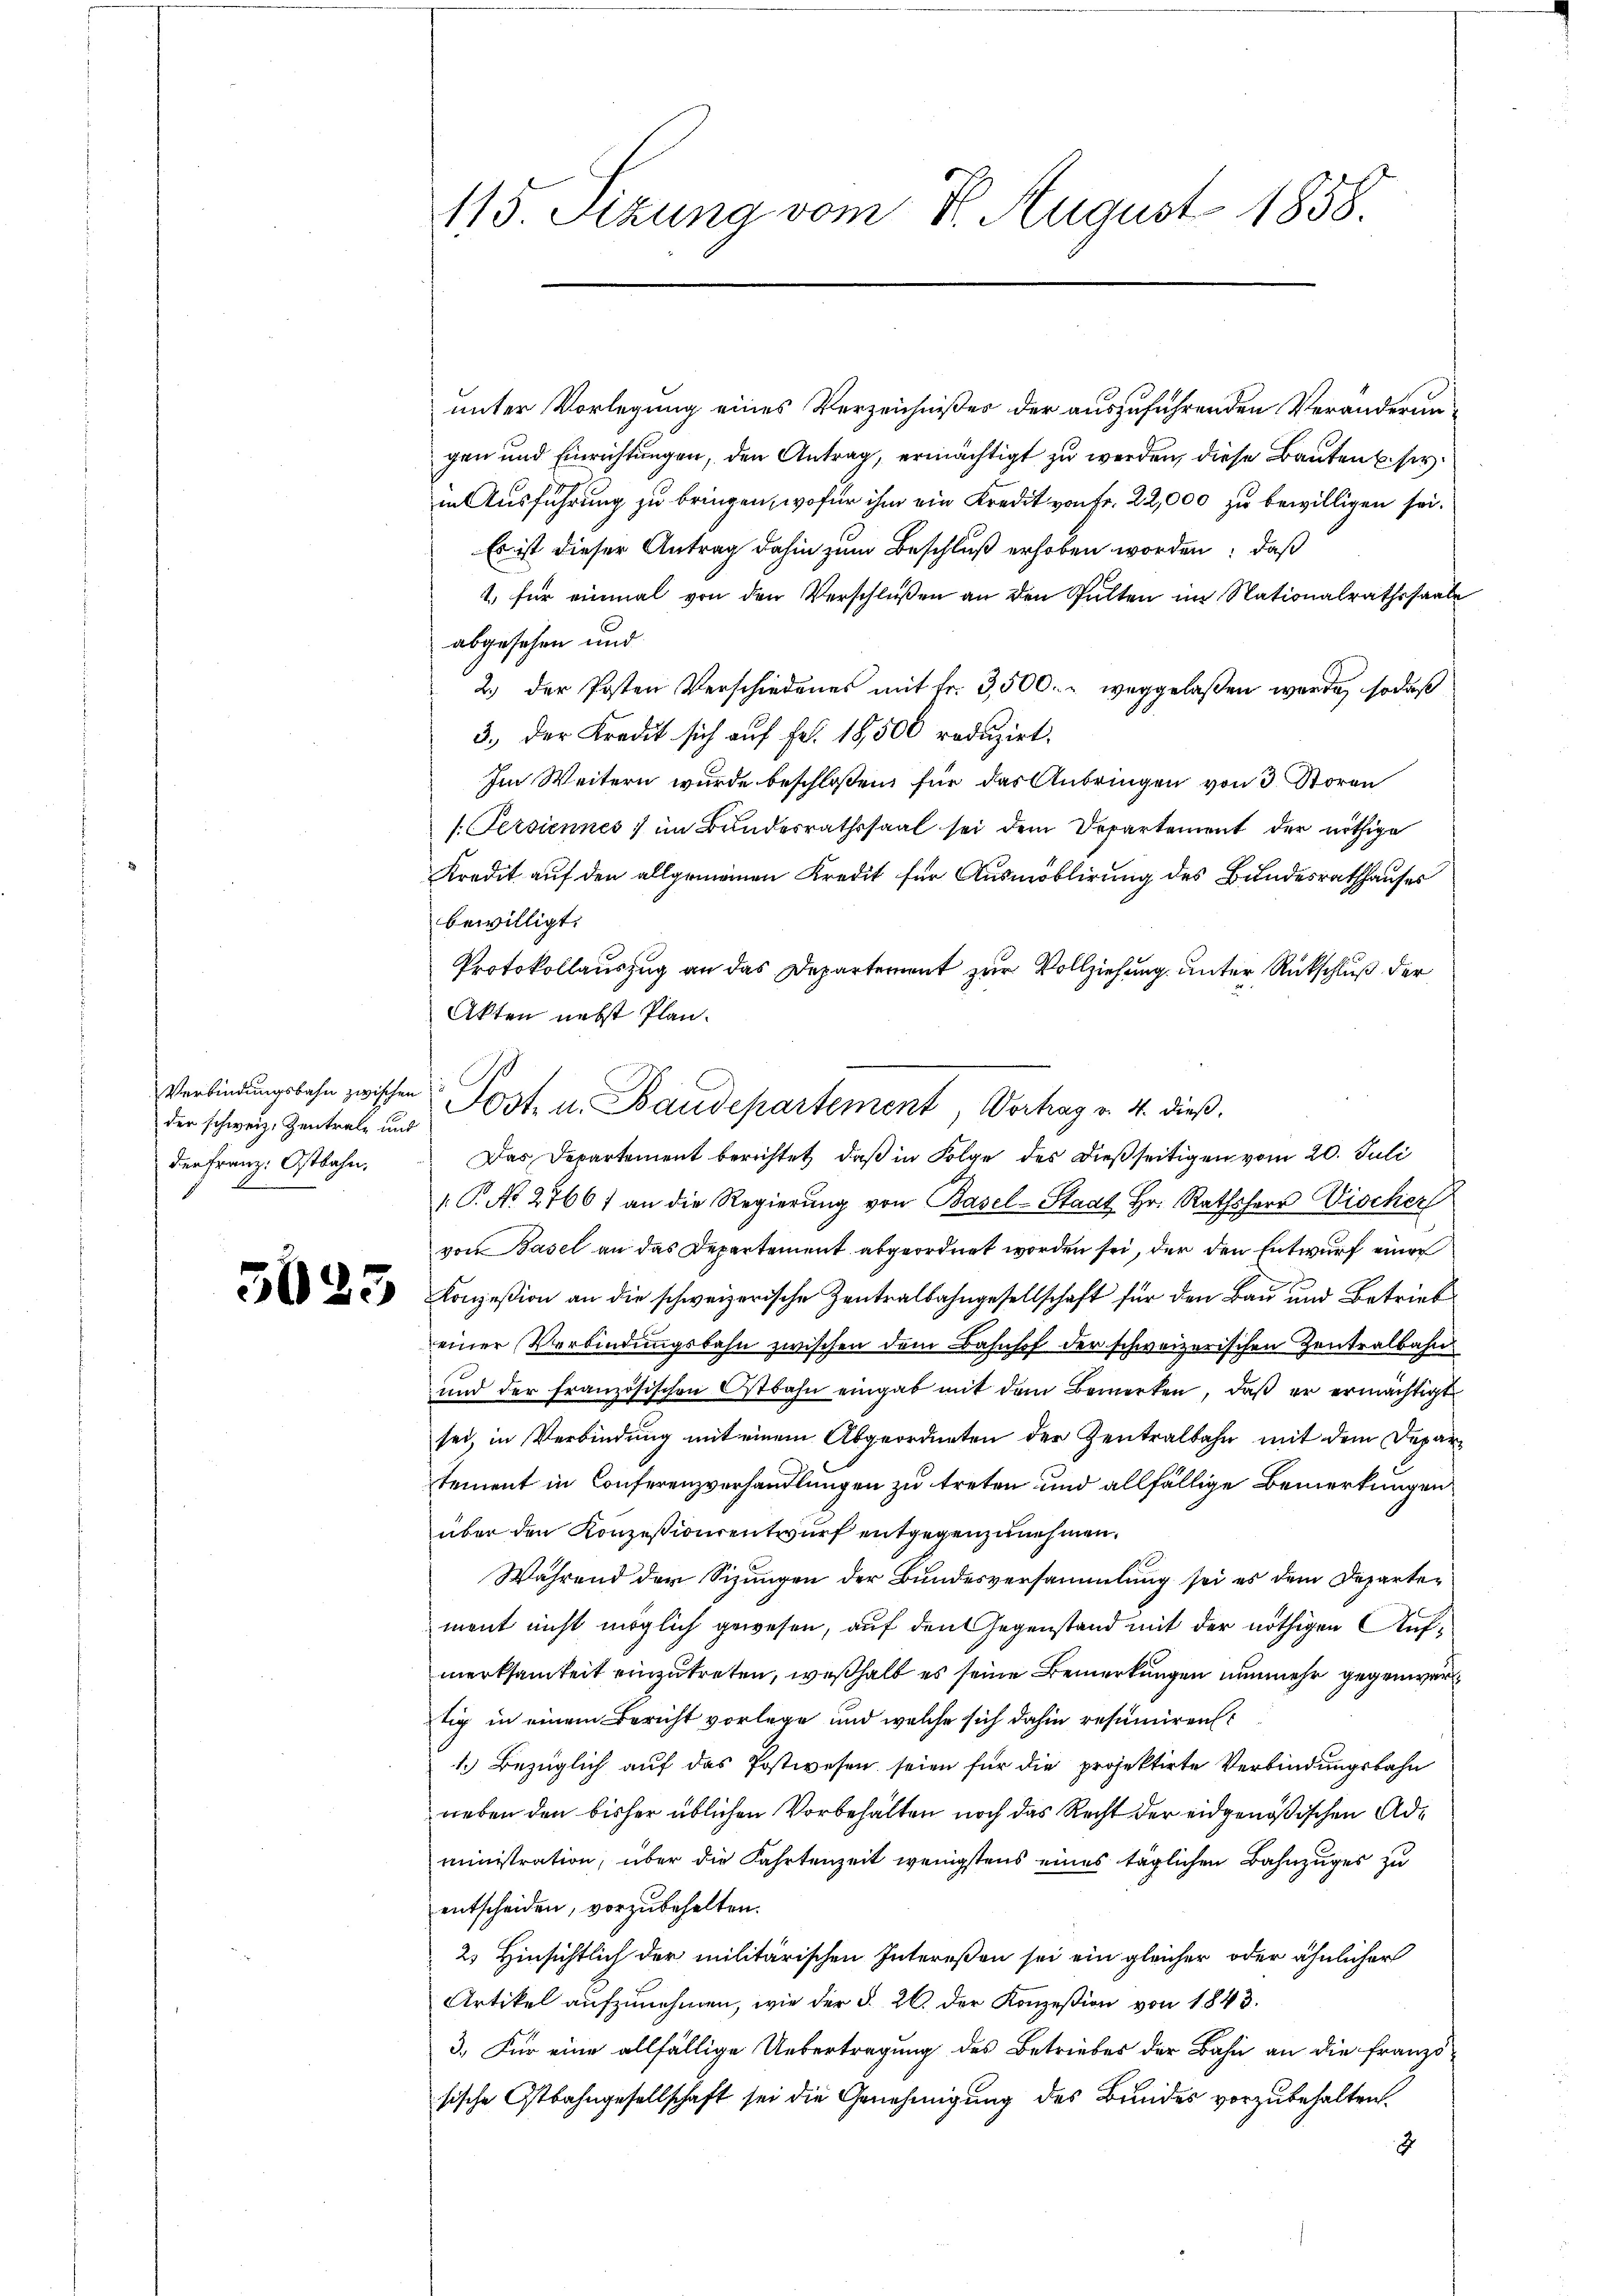
Verbindungsbahn zwischen
der schweiz. Zentrale und
der Franz. Ostbahn,

30

3

115 Sizung vom 7. August 1858.

unter Vorlegung eines Verzeichnißes der auszuführenden Veränderungen und Einrichtungen, den Antrag, ermächtigt zu werden, diese Bauten se
in Ausführung zu bringen, wofür ihm ein Kredit von Fr. 22,000 zu bewilligen sei.
Es ist dieser Antrag dahin zum Beschluß erhoben worden; daß
1. für einmal von den Verschlüßen an den Fulten im Nationalrathssaale
abgesehen und
2.) Der Posten Verschiedenes mit Fr. 3,500.- weggelaßen werde, so daß
3., der Kredit sich auf Fr. 18,500 reduzirt.
Im Weitern wurde beschloßen für das Anbringen von 3. Storen
/. Persiennes im Bundesrathssaal sei dem Departement der nöthige
Kredit auf den allgemeinen Kredit für Ausmöblirung des Bundesrathhauses
bewilligt.
Protokollauszug an das Departement zur Vollziehung unter Rückschluß der
Akten nebst Plan.
Das Departement berichtet, daß in Folge des dießseitigen vom 20. Juli
1 P. No. 2766) an die Regierŭng von Basel-Staat Hr. Rathsherr Vischer
von Basel an das Departement abgeordnet worden sei, der den Entwurf einer
Konzession an die schweizerische Zentralbahngesellschaft für den Bau und Betrieb
einer Verbindŭngsbahn zwischen dem Bahnhof der schweizerischen Zentralbahn
und der französischen Ostbahn eingab mit dem Bemerken, daß er ermächtigt
sei, in Verbindung mit einem Abgeordneten der Zentralbahn mit dem Departement in Conferenzverhandlungen zu treten und allfällige Bemerkungen
über den Konzessionsentwurf entgegenzunehmen.
Während der Sizungen der Bundesversammlung sei es dem Departement nicht möglich gewesen, auf den Gegenstand mit der nöthigen Aufmerksamkeit einzutreten, weßhalb es seine Bemerkungen nunmehr gegenwärtig in einem Bericht vorlege und welche sich dahin resumiren¬
1. Bezüglich auf das Postwesen seien für die projektirte Verbindungsbahn
neben den bisher üblichen Vorbehalten noch das Recht der eidgenößischen Administration, über die Fahrtenzeit wenigstens eines täglichen Bahnzuges zu
entscheiden, vorzubehalten.
2. Hinsichtlich der militärischen Intereßen sei ein gleicher oder ähnlicher
Artikel aufzunehmen, wie der §. 26. der Konzession von 1843.
3.) Für eine allfällige Uebertragung des Betriebes der Bahn an die Franzö
sische Ostbahngesellschaft sei die Genehmigung des Bundes vorzubehalten.
2

Post u. Baudepartement, Vorhag v. 4. dieß.